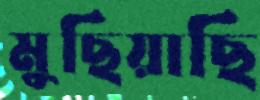
মুছিয়াছি